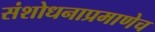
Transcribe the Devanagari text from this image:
संशोधनाप्रमाणेच